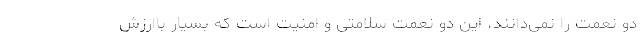
دو نعمت را نمی‌دانند، این دو نعمت سلامتی و امنیت است که بسیار باارزش